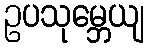
ဥပသုမ္ဘေယျ